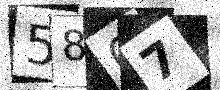
Text: 5867